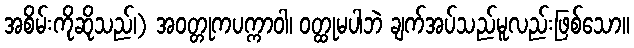
အစိမ်းကိုဆိုသည်၊) အဝတ္တုကပက္ကာဝါ၊ ဝတ္ထုမပါဘဲ ချက်အပ်သည်မူလည်းဖြစ်သော။